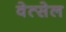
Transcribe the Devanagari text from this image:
वेत्सेल